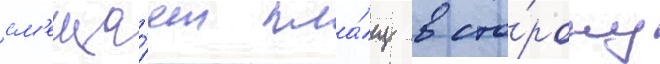
см'еща́ет пла́щ в сто́рону